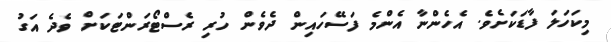
މިކަހަލަ ފާޑަކަށެވެ. އެހެންނާ އެންމެ ފަސޭހައިން ދެވެން ހުރި ރެސްޓޯރަންޓަކަށް ވެދެ އަގު